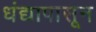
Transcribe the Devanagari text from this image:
धंद्यापासून